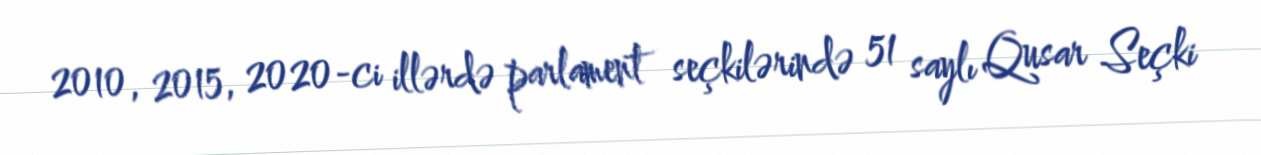
2010, 2015, 2020-ci illərdə parlament seçkilərində 51 saylı Qusar Seçki